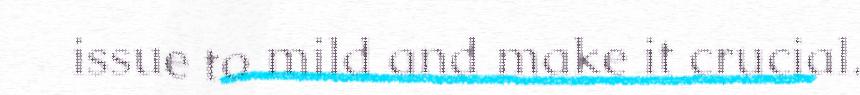
issue to mild and make it crucial.